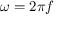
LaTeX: \omega = { 2 \pi f }